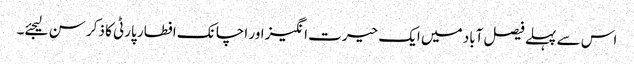
اس سے پہلے فیصل آباد میں ایک حیرت انگیز اور اچانک افطار پارٹی کا ذکر سن لیجئے۔